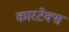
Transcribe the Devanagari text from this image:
कारटेक्स